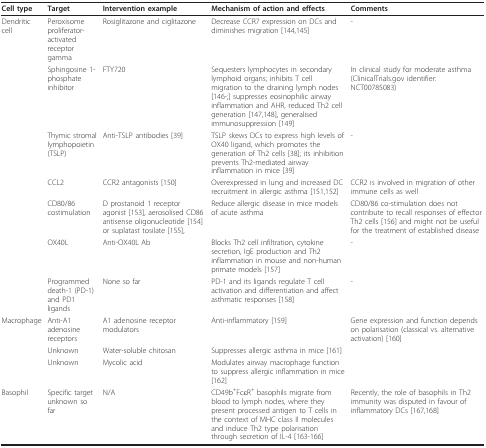
<table><thead><tr><td><b>Cell type</b></td><td><b>Target</b></td><td><b>Intervention example</b></td><td><b>Mechanism of action and effects</b></td><td><b>Comments</b></td></tr></thead><tbody><tr><td>Dendritic cell</td><td>Peroxisome proliferator-activated receptor gamma</td><td>Rosiglitazone and ciglitazone</td><td>Decrease CCR7 expression on DCs and diminishes migration [144,145]</td><td>-</td></tr><tr><td></td><td>Sphingosine 1-phosphate inhibitor</td><td>FTY720</td><td>Sequesters lymphocytes in secondary lymphoid organs; inhibits T cell migration to the draining lymph nodes [146-;] suppresses eosinophilic airway inflammation and AHR, reduced Th2 cell generation [147,148], generalised immunosuppression [149]</td><td>In clinical study for moderate asthma (ClinicalTrials.gov identifier: NCT00785083)</td></tr><tr><td></td><td>Thymic stromal lymphopoietin (TSLP)</td><td>Anti-TSLP antibodies [39]</td><td>TSLP skews DCs to express high levels of OX40 ligand, which promotes the generation of Th2 cells [38]; its inhibition prevents Th2-mediated airway inflammation in mice [39]</td><td>-</td></tr><tr><td></td><td>CCL2</td><td>CCR2 antagonists [150]</td><td>Overexpressed in lung and increased DC recruitment in allergic asthma [151,152]</td><td>CCR2 is involved in migration of other immune cells as well</td></tr><tr><td></td><td>CD80/86 costimulation</td><td>D prostanoid 1 receptor agonist [153], aerosolised CD86 antisense oligonucleotide [154] or suplatast tosilate [155],</td><td>Reduce allergic disease in mice models of acute asthma</td><td>CD80/86 co-stimulation does not contribute to recall responses of effector Th2 cells [156] and might not be useful for the treatment of established disease</td></tr><tr><td></td><td>OX40L</td><td>Anti-OX40L Ab</td><td>Blocks Th2 cell infiltration, cytokine secretion, IgE production and Th2 inflammation in mouse and non-human primate models [157]</td><td>-</td></tr><tr><td></td><td>Programmed death-1 (PD-1) and PD1 ligands</td><td>None so far</td><td>PD-1 and its ligands regulate T cell activation and differentiation and affect asthmatic responses [158]</td><td>-</td></tr><tr><td>Macrophage</td><td>Anti-A1 adenosine receptors</td><td>A1 adenosine receptor modulators</td><td>Anti-inflammatory [159]</td><td>Gene expression and function depends on polarisation (classical vs. alternative activation) [160]</td></tr><tr><td></td><td>Unknown</td><td>Water-soluble chitosan</td><td>Suppresses allergic asthma in mice [161]</td><td></td></tr><tr><td></td><td>Unknown</td><td>Mycolic acid</td><td>Modulates airway macrophage function to suppress allergic inflammation in mice [162]</td><td></td></tr><tr><td>Basophil</td><td>Specific target unknown so far</td><td>N/A</td><td>CD49b<sup>+</sup>FcεR<sup>+ </sup>basophils migrate from blood to lymph nodes, where they present processed antigen to T cells in the context of MHC class II molecules and induce Th2 type polarisation through secretion of IL-4 [163-166]</td><td>Recently, the role of basophils in Th2 immunity was disputed in favour of inflammatory DCs [167,168]</td></tr></tbody></table>